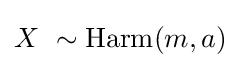
X\ \sim \operatorname {Harm} (m,a)